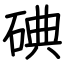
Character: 碘